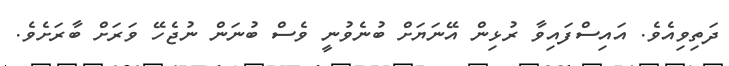
ދަތިވިއެވެ. އައިސްފައިވާ ރުޅިން އޭނަޔަށް ބުނެވުނީ ވެސް ބުނަން ނުޖެހޭ ވަރަށް ބާރަށެވެ.